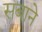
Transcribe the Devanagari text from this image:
सबाने